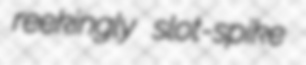
reekingly slot-spike